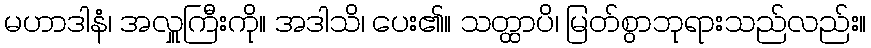
မဟာဒါနံ၊ အလှူကြီးကို။ အဒါသိ၊ ပေး၏။ သတ္ထာပိ၊ မြတ်စွာဘုရားသည်လည်း။